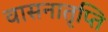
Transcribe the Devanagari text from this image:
वासनातृप्ति